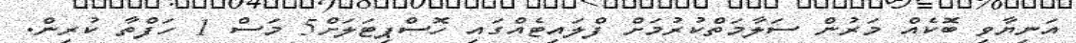
އަނިޔާވި ބޮކެއް މަރުން ސަލާމަތްކުރުމަށް ފްލައިޓެއްގައި ހޮސްޕިޓަލަށް5 މަސް 1 ހަފްތާ ކުރިން.